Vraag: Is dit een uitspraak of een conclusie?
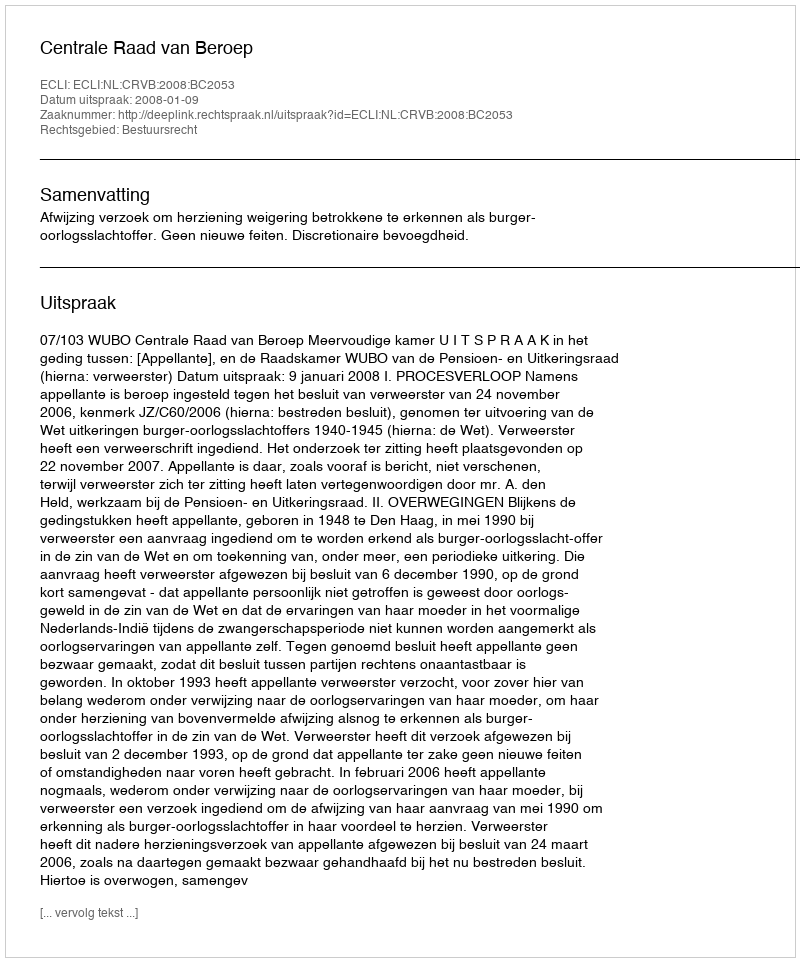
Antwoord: Uitspraak